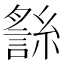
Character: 𧪬